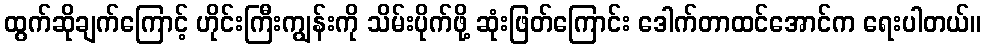
ထွက်ဆိုချက်ကြောင့် ဟိုင်းကြီးကျွန်းကို သိမ်းပိုက်ဖို့ ဆုံးဖြတ်ကြောင်း ဒေါက်တာထင်အောင်က ရေးပါတယ်။